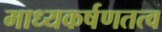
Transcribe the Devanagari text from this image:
माध्यकर्षणतत्व